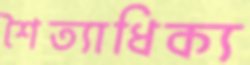
শৈত্যাধিক্য